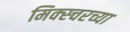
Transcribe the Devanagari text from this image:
मिक्स्चरच्या